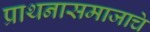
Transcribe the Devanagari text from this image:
प्राथनासमाजाचे